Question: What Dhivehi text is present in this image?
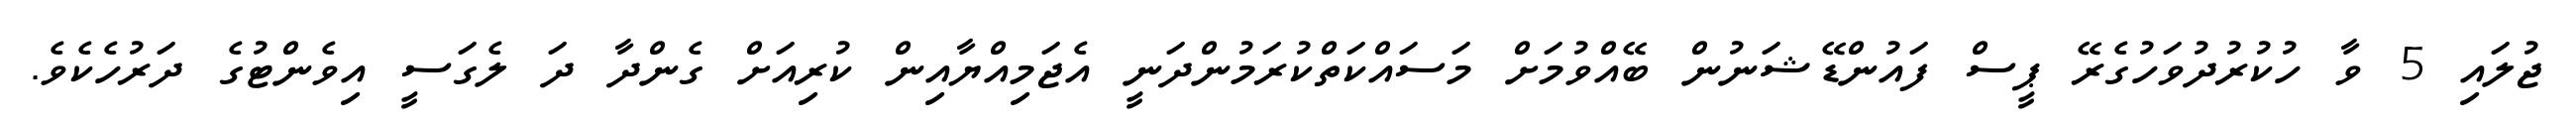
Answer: ޖުލައި 5 ވާ ހުކުރުދުވަހުގެރޭ ޕީސް ފައުންޑޭޝަނުން ބޭއްވުމަށް މަސައްކަތްކުރަމުންދަނީ އެޖަމިއްޔާއިން ކުރިއަށް ގެންދާ ދަ ލެގަސީ އިވެންޓުގެ ދަރުހެކެވެ.